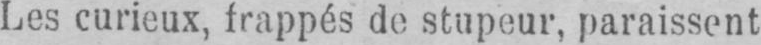
Les curieux, frappés de stupeur, paraissent